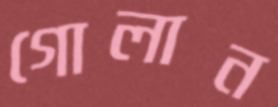
গোলান